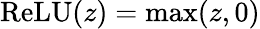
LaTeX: \textrm{ReLU}(z)=\operatorname*{max}(z,0)